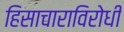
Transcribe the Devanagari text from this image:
हिसाचाराविरोधी